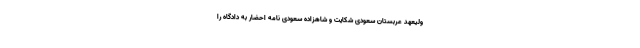
ولیعهد عربستان سعودی شکایت و شاهزاده سعودی نامه احضار به دادگاه را